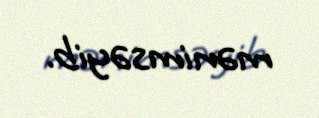
mənimsəyib.